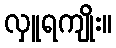
လှူရကျိုး။